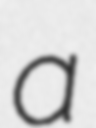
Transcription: a